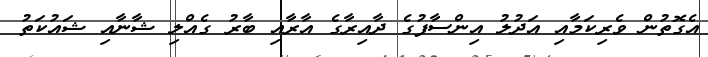
އެގޮތުން ވެރިކަމާއި އަދުލު އިންސާފުގެ ދާއިރާގެ އާރާއި ބާރު ގެއްލި ޝާނާއި ޝައުކަތު